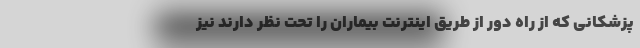
پزشکانی که از راه دور از طریق اینترنت بیماران را تحت نظر دارند نیز